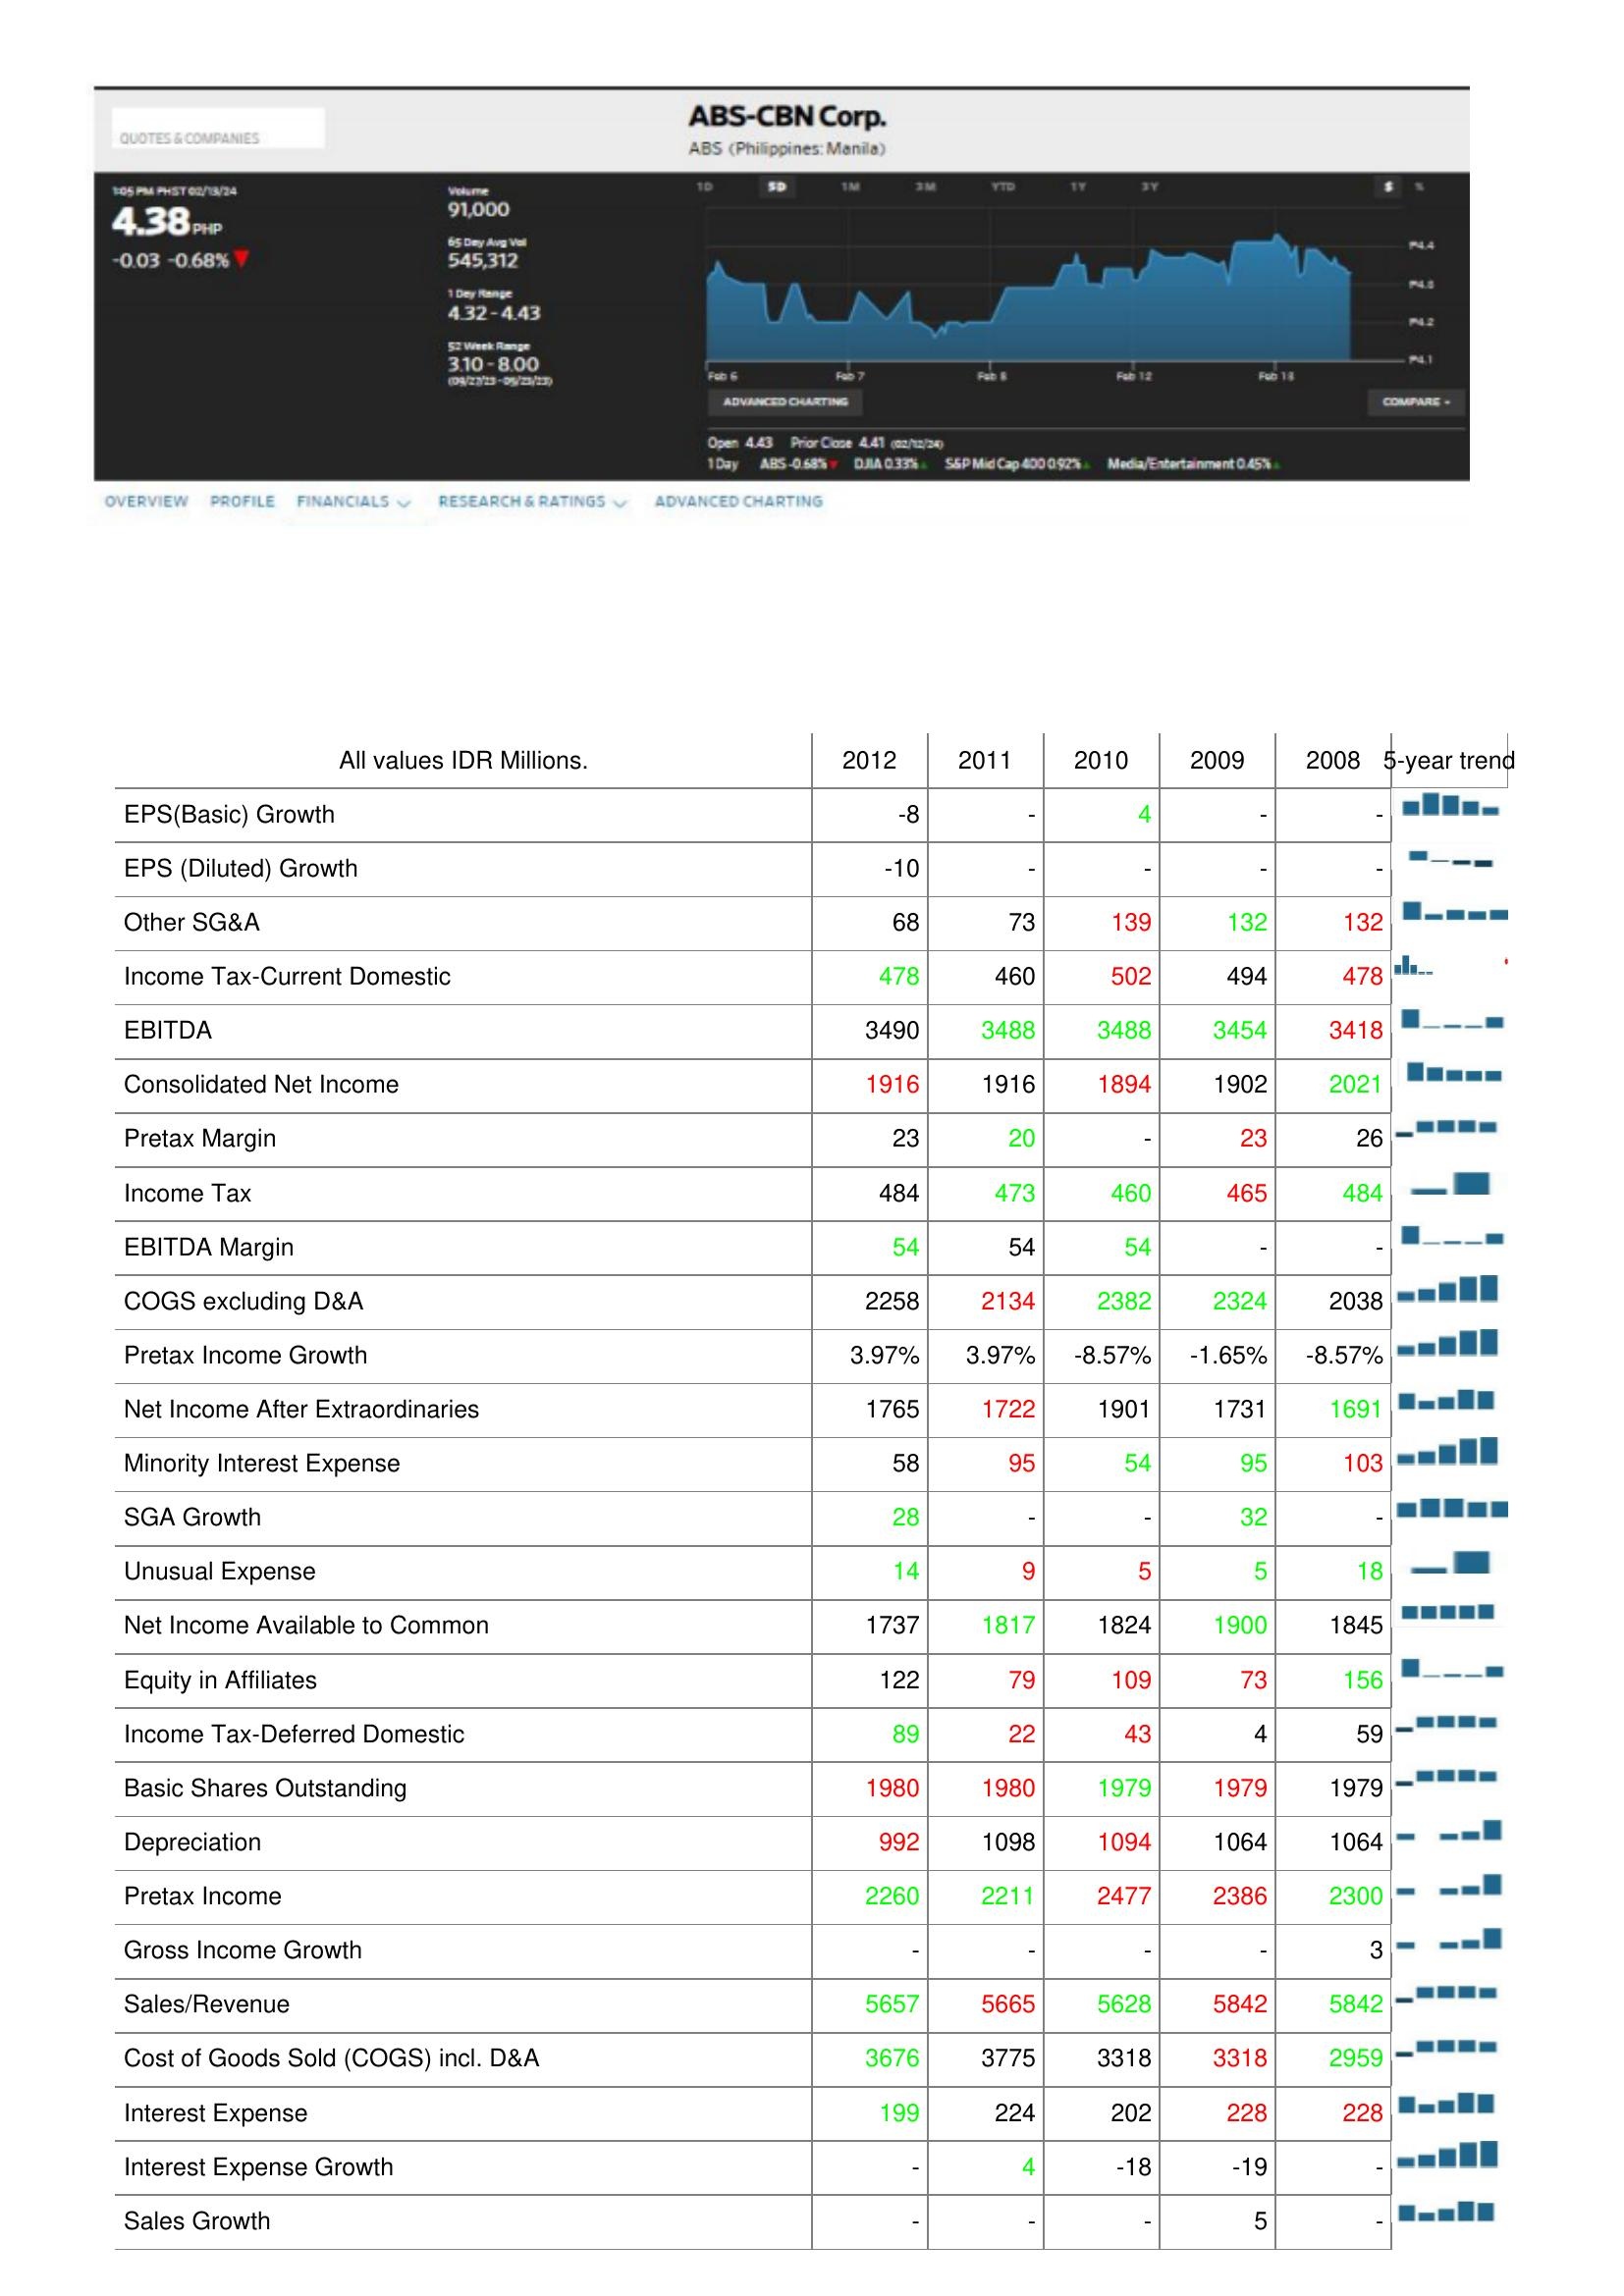
2012: : EPS(Basic) Growth: -8
EPS (Diluted) Growth: -10
Other SG&A: 68
Income Tax-Current Domestic: 478
EBITDA: 3490
Consolidated Net Income: 1916
Pretax Margin: 23
Income Tax: 484
EBITDA Margin: 54
COGS excluding D&A: 2258
Pretax Income Growth: 3.97%
Net Income After Extraordinaries: 1765
Minority Interest Expense: 58
SGA Growth: 28
Unusual Expense: 14
Net Income Available to Common: 1737
Equity in Affiliates: 122
Income Tax-Deferred Domestic: 89
Basic Shares Outstanding: 1980
Depreciation: 992
Pretax Income: 2260
Gross Income Growth: -
Sales/Revenue: 5657
Cost of Goods Sold (COGS) incl. D&A: 3676
Interest Expense: 199
Interest Expense Growth: -
Sales Growth: -
2011: : EPS(Basic) Growth: -
EPS (Diluted) Growth: -
Other SG&A: 73
Income Tax-Current Domestic: 460
EBITDA: 3488
Consolidated Net Income: 1916
Pretax Margin: 20
Income Tax: 473
EBITDA Margin: 54
COGS excluding D&A: 2134
Pretax Income Growth: 3.97%
Net Income After Extraordinaries: 1722
Minority Interest Expense: 95
SGA Growth: -
Unusual Expense: 9
Net Income Available to Common: 1817
Equity in Affiliates: 79
Income Tax-Deferred Domestic: 22
Basic Shares Outstanding: 1980
Depreciation: 1098
Pretax Income: 2211
Gross Income Growth: -
Sales/Revenue: 5665
Cost of Goods Sold (COGS) incl. D&A: 3775
Interest Expense: 224
Interest Expense Growth: 4
Sales Growth: -
2010: : EPS(Basic) Growth: 4
EPS (Diluted) Growth: -
Other SG&A: 139
Income Tax-Current Domestic: 502
EBITDA: 3488
Consolidated Net Income: 1894
Pretax Margin: -
Income Tax: 460
EBITDA Margin: 54
COGS excluding D&A: 2382
Pretax Income Growth: -8.57%
Net Income After Extraordinaries: 1901
Minority Interest Expense: 54
SGA Growth: -
Unusual Expense: 5
Net Income Available to Common: 1824
Equity in Affiliates: 109
Income Tax-Deferred Domestic: 43
Basic Shares Outstanding: 1979
Depreciation: 1094
Pretax Income: 2477
Gross Income Growth: -
Sales/Revenue: 5628
Cost of Goods Sold (COGS) incl. D&A: 3318
Interest Expense: 202
Interest Expense Growth: -18
Sales Growth: -
2009: : EPS(Basic) Growth: -
EPS (Diluted) Growth: -
Other SG&A: 132
Income Tax-Current Domestic: 494
EBITDA: 3454
Consolidated Net Income: 1902
Pretax Margin: 23
Income Tax: 465
EBITDA Margin: -
COGS excluding D&A: 2324
Pretax Income Growth: -1.65%
Net Income After Extraordinaries: 1731
Minority Interest Expense: 95
SGA Growth: 32
Unusual Expense: 5
Net Income Available to Common: 1900
Equity in Affiliates: 73
Income Tax-Deferred Domestic: 4
Basic Shares Outstanding: 1979
Depreciation: 1064
Pretax Income: 2386
Gross Income Growth: -
Sales/Revenue: 5842
Cost of Goods Sold (COGS) incl. D&A: 3318
Interest Expense: 228
Interest Expense Growth: -19
Sales Growth: 5
2008: : EPS(Basic) Growth: -
EPS (Diluted) Growth: -
Other SG&A: 132
Income Tax-Current Domestic: 478
EBITDA: 3418
Consolidated Net Income: 2021
Pretax Margin: 26
Income Tax: 484
EBITDA Margin: -
COGS excluding D&A: 2038
Pretax Income Growth: -8.57%
Net Income After Extraordinaries: 1691
Minority Interest Expense: 103
SGA Growth: -
Unusual Expense: 18
Net Income Available to Common: 1845
Equity in Affiliates: 156
Income Tax-Deferred Domestic: 59
Basic Shares Outstanding: 1979
Depreciation: 1064
Pretax Income: 2300
Gross Income Growth: 3
Sales/Revenue: 5842
Cost of Goods Sold (COGS) incl. D&A: 2959
Interest Expense: 228
Interest Expense Growth: -
Sales Growth: -